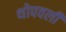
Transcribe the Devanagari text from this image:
थोपवली